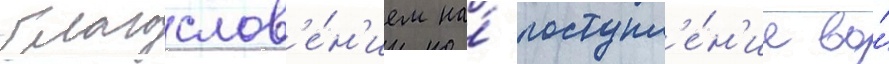
благослов'е́н'ием на́ поступл'е́н'ие во́